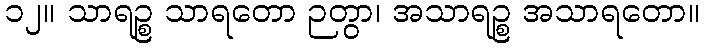
၁၂။ သာရဉ္စ သာရတော ဉတွာ၊ အသာရဉ္စ အသာရတော။